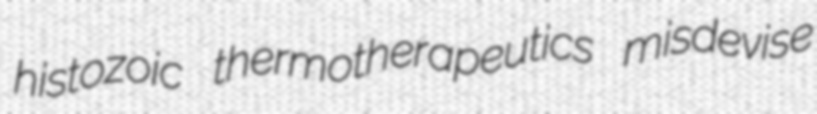
histozoic thermotherapeutics misdevise